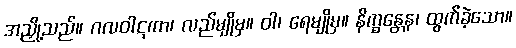
အညှို့သည်။ ဂလဝါဋကာ၊ လည်မျိုမှ။ ဝါ၊ ရေမျိုမှ။ နိက္ခန္တေန၊ ထွက်ခဲ့သော။